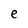
Character: e